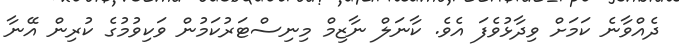
ދެއްވާނެ ކަމަށް ވިދާޅުވެފަ އެވެ. ކާނަލް ނާޒިމް މިނިސްޓަރުކަމުން ވަކިވުމުގެ ކުރިން އޭނާ